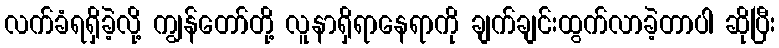
လက်ခံရရှိခဲ့လို့ ကျွန်တော်တို့ လူနာရှိရာနေရာကို ချက်ချင်းထွက်လာခဲ့တာပါ ဆိုပြီး